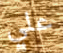
علي